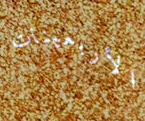
الأربعينات